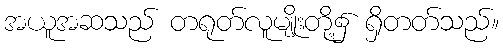
အယူအဆသည် တရုတ်လူမျိုးတို့၌ ရှိတတ်သည်။